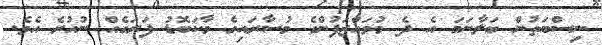
ނިސްބަތުން ބަލާނަމަ އެ ދެ މުވައްޒަފުންގެ މުސާރައިގެ މާކަބޮޑު ފަރަގެއް ނުހުރެ އެވެ.